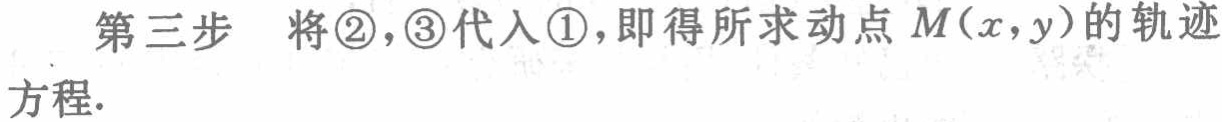
第三步 将\textcircled{2}，\textcircled{3}代入\textcircled{1}，即得所求动点 \(M(x,y)\) 的轨迹方程.